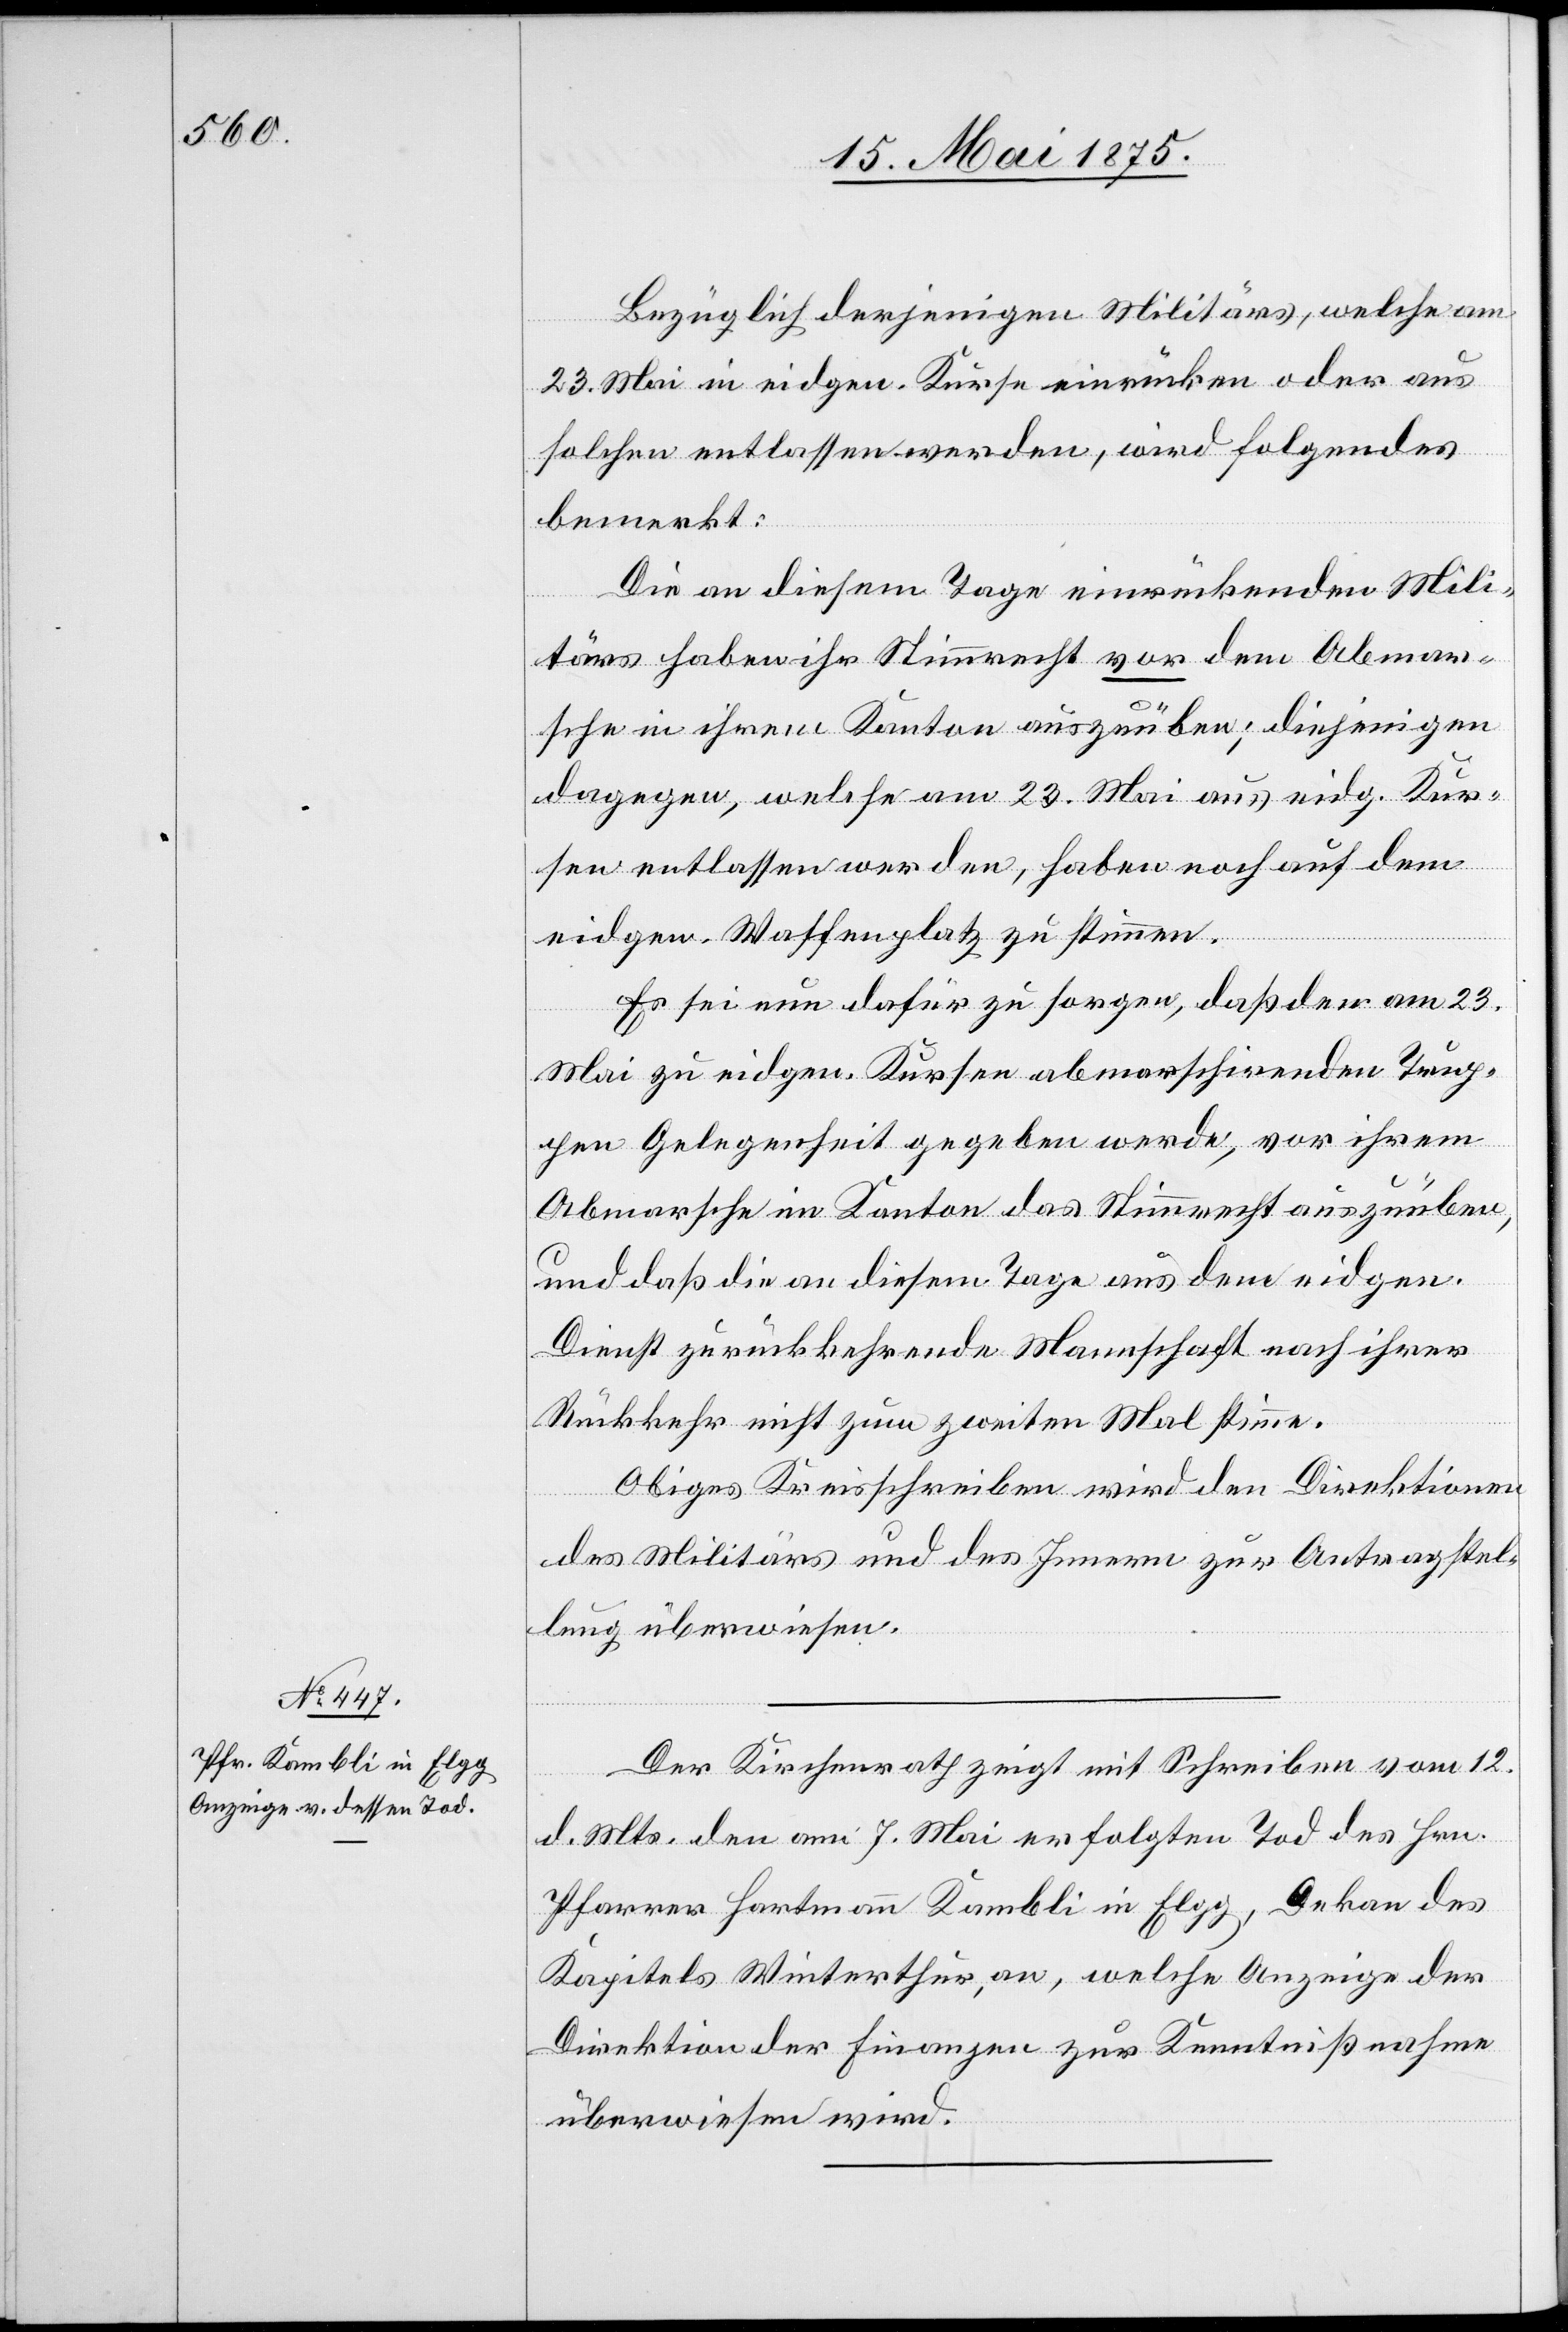
Bezüglich derjenigen Militärs, welche am
23. Mai in eidgen. Kurse einrücken oder aus
solchen entlassen werden, wird Folgendes
bemerkt:
Die an diesem Tage einrückenden Mili¬
tärs haben ihr Stimmrecht vor dem Abmar¬
sche in ihrem Kanton auszuüben; diejenigen
dagegen, welche am 23. Mai aus eidg. Kur¬
sen entlassen werden, haben noch auf dem
eidgen. Waffenplatz zu stimmen.
Es sei nun dafür zu sorgen, daß den am 23.
Mai zu eidgen. Kursen abmarschirenden Trup¬
pen Gelegenheit gegeben werde, vor ihrem
Abmarsche im Kanton das Stimmrecht auszuüben,
und daß die an diesem Tage aus dem eidgen.
Dienst zurückkehrende Mannschaft nach ihrer
Rückkehr nicht zum zweiten Mal stimme.
Obiges Kreisschreiben wird den Direktionen
des Militärs und des Innern zur Antragstel¬
lung überwiesen.
Der Kirchenrath zeigt mit Schreiben vom 12.
d. Mts. den am 7. Mai erfolgten Tod des Hrn.
Pfarrer Hartmann Kambli in Elgg, Dekan des
Kapitels Winterthur, an, welche Anzeige der
Direktion der Finanzen zur Kenntnißnahme
überwiesen wird.